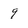
Character: 9